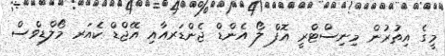
މީގެ އިތުރުން މިނިސްޓްރީ އޮފް ލޯ އެންޑް ޖެންޑަރއާއި އޭޖްޑް ކެއަރ މޯލްޑިވްސް